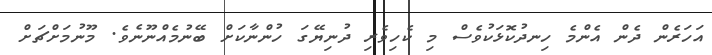
އަހަރެން ދެން އެންމެ ހިނދުކޮޅަކުވެސް މި ކެހިވެރި ދުނިޔޭގަ ހުންނާކަށް ބޭނުމެއްނޫނެވެ. މޫނުމަށްޗަށް